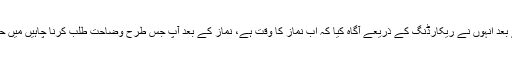
چند لمحے بعد انہوں نے ریکارڈنگ کے ذریعے آگاہ کیا کہ اب نماز کا وقت ہے، نماز کے بعد آپ جس طرح وضاحت طلب کرنا چاہیں میں حاضر ہوں۔